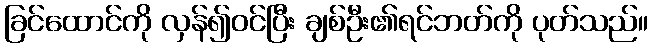
ခြင်ထောင်ကို လှန်၍ဝင်ပြီး ချစ်ဦး၏ရင်ဘတ်ကို ပုတ်သည်။